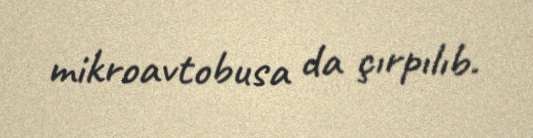
mikroavtobusa da çırpılıb.